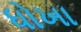
ધોખા